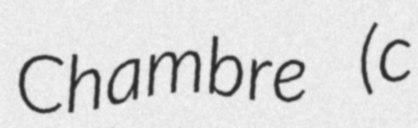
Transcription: Chambre (c